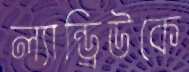
ল্যান্ড্রিউকে